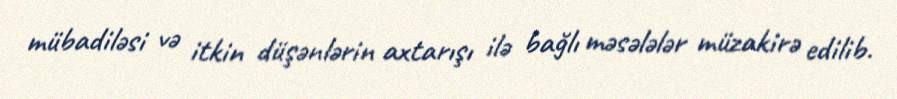
mübadiləsi və itkin düşənlərin axtarışı ilə bağlı məsələlər müzakirə edilib.